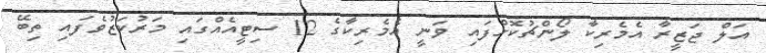
އަލް ޖަޒީރާ އެމެރިކާ ލޯންޗުކޮށްފައި ވަނީ އެމެރިކާގެ 12 ސިޓީއެއްގައި މަރުކަޒުވެފައި ތިބޭ